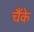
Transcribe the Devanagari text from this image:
चैंके